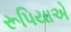
રૂપિયાએ